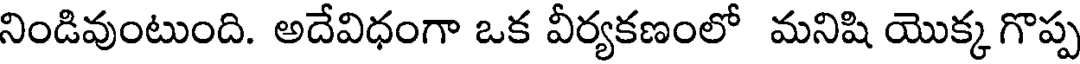
నిండివుంటుంది. అదేవిధంగా ఒక వీర్యకణంలో మనిషి యొక్క గొప్ప